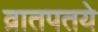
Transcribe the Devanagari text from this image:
व्रातपतये